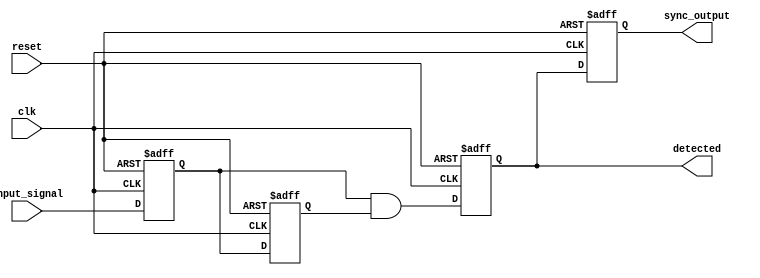
module dual_ff_detector (
    input wire clk,                // Clock signal
    input wire reset,              // Reset signal
    input wire input_signal,       // Input signal to be monitored
    output reg detected,           // Output signal indicating detection
    output reg sync_output         // Synchronized output
);

// Internal signals for flip-flops
reg ff1, ff2;                    // Flip-flops to store input signal state
reg detected_temp;               // Temporary signal for detection logic

// Flip-flop 1: Sample input_signal on the rising edge of clk
always @(posedge clk or posedge reset) begin
    if (reset) begin
        ff1 <= 1'b0;              // Initialize FF1 to 0 on reset
    end else begin
        ff1 <= input_signal;      // Capture input_signal
    end
end

// Flip-flop 2: Sample ff1 output on the rising edge of clk
always @(posedge clk or posedge reset) begin
    if (reset) begin
        ff2 <= 1'b0;              // Initialize FF2 to 0 on reset
    end else begin
        ff2 <= ff1;               // Capture output of FF1
    end
end

// Detection Logic: Compare outputs of FF1 and FF2 for specific pattern
always @(*) begin
    // Example pattern detection logic; adjust to your specific pattern
    detected_temp = (ff1 == 1'b1 && ff2 == 1'b1); // Replace with your specific pattern
end

// Synchronize detected signal with the clock
always @(posedge clk or posedge reset) begin
    if (reset) begin
        detected <= 1'b0;         // Initialize detected signal to 0 on reset
    end else begin
        detected <= detected_temp; // Capture detection result
    end
end

// Synchronized output based on detected signal
always @(posedge clk or posedge reset) begin
    if (reset) begin
        sync_output <= 1'b0;       // Initialize sync_output to 0 on reset
    end else begin
        sync_output <= detected;    // Synchronize the detected signal
    end
end

endmodule